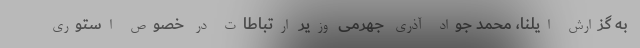
به گزارش ایلنا، محمد جواد آذری جهرمی وزیر ارتباطات در خصوص استوری